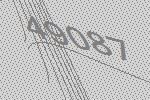
49087